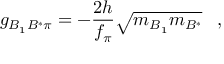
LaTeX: g _ { B _ { 1 } B ^ { * } \pi } = - { \frac { 2 h } { f _ { \pi } } } \sqrt { m _ { B _ { 1 } } m _ { B ^ { * } } } \; \; \; ,